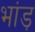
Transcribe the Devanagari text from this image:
भांड़